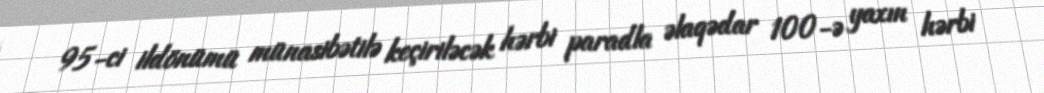
95-ci ildönümü münasibətilə keçiriləcək hərbi paradla əlaqədar 100-ə yaxın hərbi